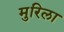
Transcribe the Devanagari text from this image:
मुरिला